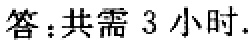
答：共需 3 小时.